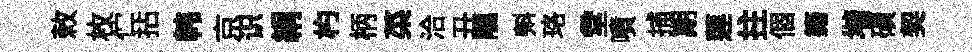
敕枚伫拈韩京识絹杓柄菜洽丑隰㪺珞堂噴捕期莲拄個籍堦磧契